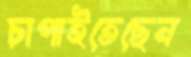
চাপাইতেছেন